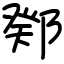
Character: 鄈